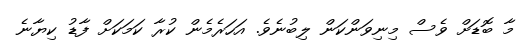
މާ ބޮޑަށް ވެސް މިނިވަންކަން ލިބުނެވެ. އަހަރެމެން ކުރާ ކަމަކަށް ފާޑު ކިޔާނެ